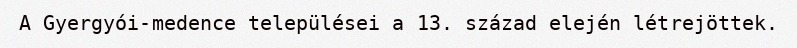
A Gyergyói-medence települései a 13. század elején létrejöttek.